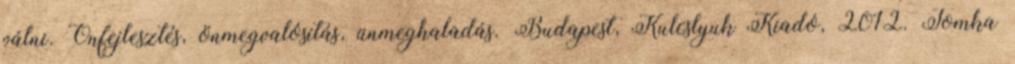
válni. Önfejlesztés, önmegvalósítás, ünmeghaladás. Budapest, Kulcslyuk Kiadó, 2012. Tomka